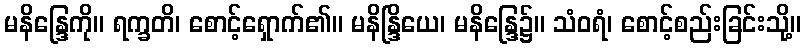
မနိန္ဒြေကို။ ရက္ခတိ၊ စောင့်ရှောက်၏။ မနိန္ဒြိယေ၊ မနိန္ဒြေ၌။ သံဝရံ၊ စောင့်စည်းခြင်းသို့။